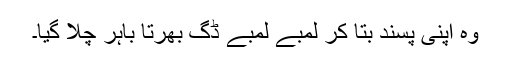
وہ اپنی پسند بتا کر لمبے لمبے ڈگ بھرتا باہر چلا گیا۔